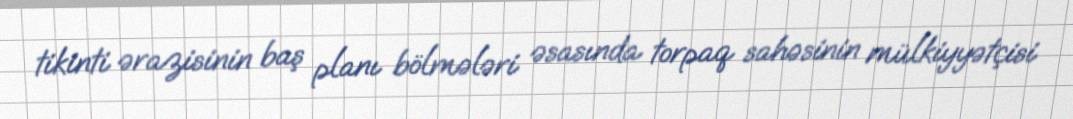
tikinti ərazisinin baş planı bölmələri əsasında torpaq sahəsinin mülkiyyətçisi